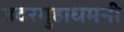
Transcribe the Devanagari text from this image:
उदरगुहाधमनी